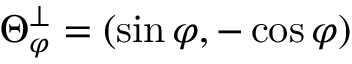
\Theta _ { \varphi } ^ { \perp } = ( \sin \varphi , - \cos \varphi )